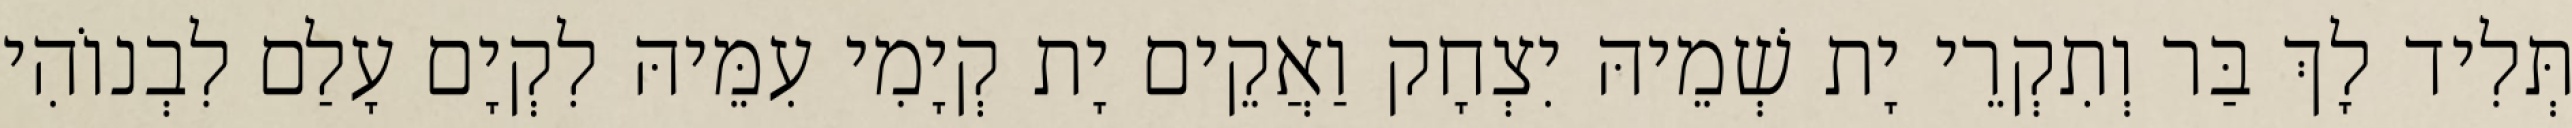
תְּלִיד לָךְ בַּר וְתִקְרֵי יָת שְׁמֵיהּ יִצְחָק וַאֲקֵים יָת קְיָמִי עִמֵּיהּ לִקְיָם עָלַם לִבְנוֹהִי